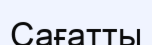
Сағатты